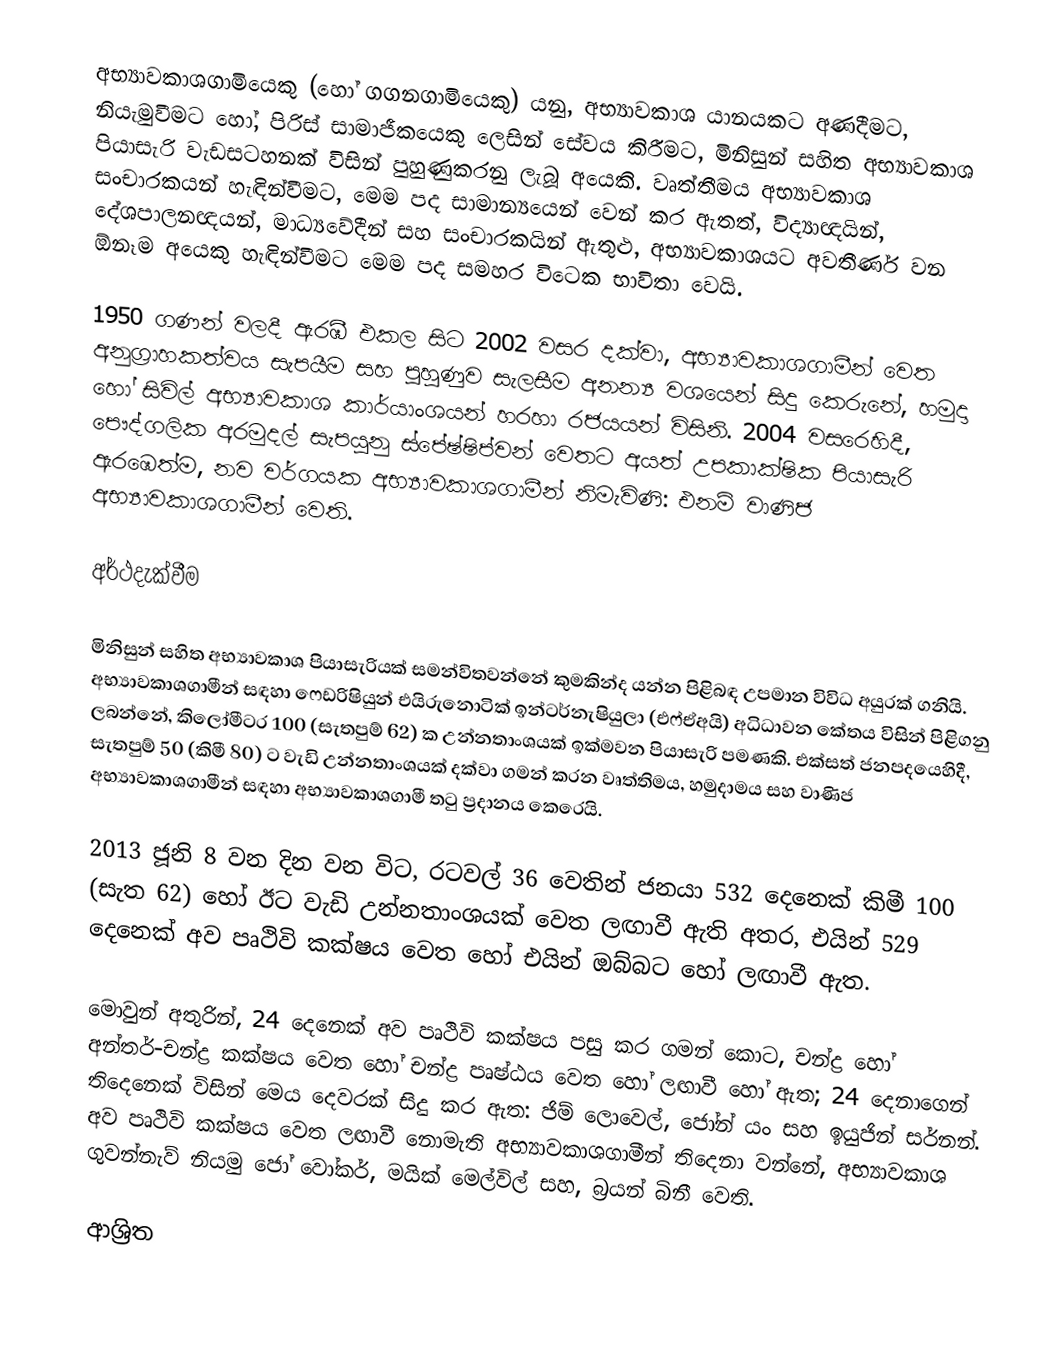
අභ්‍යාවකාශගාමියෙකු (හෝ  ගගනගාමියෙකු) යනු, අභ්‍යාවකාශ යානයකට  අණදීමට, නියැමුවීමට හෝ, පිරිස් සාමාජීකයෙකු ලෙසින් සේවය කිරීමට,  මිනිසුන් සහිත අභ්‍යාවකාශ පියාසැරි වැඩසටහනක් විසින් පුහුණුකරනු ලැබූ  අයෙකි. වෘත්තීමය අභ්‍යාවකාශ සංචාරකයන් හැඳින්වීමට, මෙම පද සාමාන්‍යයෙන් වෙන් කර ඇතත්, විද්‍යාඥයින්, දේශපාලනඥයන්, මාධ්‍යවේදීන් සහ සංචාරකයින් ඇතුළු, අභ්‍යාවකාශයට අවතීර්ණ වන ඕනෑම අයෙකු හැඳින්වීමට මෙම පද සමහර විටෙක භාවිතා වෙයි.

1950 ගණන් වලදී ඇරඹී එකල සිට 2002 වසර දක්වා, අභ්‍යාවකාශගාමීන් වෙත අනුග්‍රාහකත්වය සැපයීම සහ පුහුණුව සැලසීම අනන්‍ය වශයෙන් සිදු කෙරුනේ, හමුදා හෝ සිවිල් අභ්‍යාවකාශ කාර්යාංශයන් හරහා රජයයන් විසිනි. 2004 වසරෙහිදී, පෞද්ගලික අරමුදල් සැපයුනු   ස්පේෂ්ෂිප්වන් වෙතට අයත් උපකාක්ෂික පියාසැරි ඇරඹෙත්ම, නව වර්ගයක අභ්‍යාවකාශගාමීන් නිමැවිණි: එනම්  වාණිජ අභ්‍යාවකාශගාමීන් වෙති.

අර්ථදැක්වීම

මිනිසුන් සහිත අභ්‍යාවකාශ පියාසැරියක් සමන්විතවන්නේ කුමකින්ද යන්න පිළිබඳ උපමාන විවිධ අයුරක් ගනියි. අභ්‍යාවකාශගාමීන් සඳහා ෆෙඩරිෂියුන් එයිරුනොටික් ඉන්ටර්නැෂියුලා (එෆ්ඒඅයි)  අධිධාවන කේතය විසින් පිළිගනු ලබන්නේ,    කිලෝමීටර 100 (සැතපුම් 62) ක උන්නතාංශයක් ඉක්මවන පියාසැරි පමණකි. එක්සත් ජනපදයෙහිදී, සැතපුම් 50 (කිමී 80) ට වැඩි උන්නතාංශයක් දක්වා ගමන් කරන වෘත්තිමය, හමුදාමය සහ වාණිජ අභ්‍යාවකාශගාමීන්  සඳහා  අභ්‍යාවකාශගාමී තටු ප්‍රදානය කෙරෙයි.

2013 ජූනි 8 වන දින වන විට, රටවල් 36 වෙතින් ජනයා 532 දෙනෙක් කිමී 100 (සැත 62) හෝ ඊට වැඩි උන්නතාංශයක් වෙත ලඟාවී ඇති අතර, එයින්  529 දෙනෙක්  අව පෘථිවි කක්ෂය වෙත හෝ එයින් ඔබ්බට හෝ ලඟාවී ඇත.

මොවුන් අතුරින්, 24 දෙනෙක් අව පෘථිවි කක්ෂය පසු කර ගමන් කොට, චන්ද්‍ර හෝ අන්තර්-චන්ද්‍ර කක්ෂය වෙත හෝ චන්ද්‍ර පෘෂ්ඨය වෙත හෝ ලඟාවී හෝ ඇත; 24 දෙනාගෙන් තිදෙනෙක් විසින් මෙය දෙවරක් සිදු කර ඇත: ජිම් ලොවෙල්, ජෝන් යං සහ ඉයුජින් සර්නන්. අව පෘථිවි කක්ෂය වෙත ලඟාවී නොමැති අභ්‍යාවකාශගාමීන් තිදෙනා වන්නේ,  අභ්‍යාවකාශ ගුවන්නැව් නියමු ජෝ වෝකර්, මයික් මෙල්විල් සහ, බ්‍රයන් බිනී වෙති.

ආශ්‍රිත